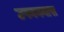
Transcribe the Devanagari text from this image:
उपनयनास